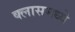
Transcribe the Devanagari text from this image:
क्लासमध्ये